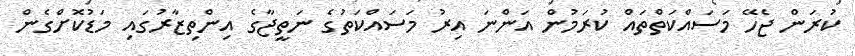
ކުރަން ޖެހޭ މަސައްކަތްތައް ކުރަމުން އަންނަ އިރު މަސައްކަތުގެ ނަތީޖާގެ އިންތިޒާރުގައި މަޑުކޮށްގެން